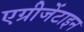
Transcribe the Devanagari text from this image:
एग्रीजेंटाइन